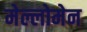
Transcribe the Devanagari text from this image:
मेल्लोमेन